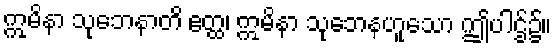
ဣမိနာ သုဘေနာတိ ဧတ္ထ၊ ဣမိနာ သုဘေနဟူသော ဤပါဌ်၌။